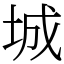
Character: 城